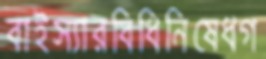
বাইস্যারবিধিনিষেধগ